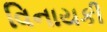
વિનાયકી